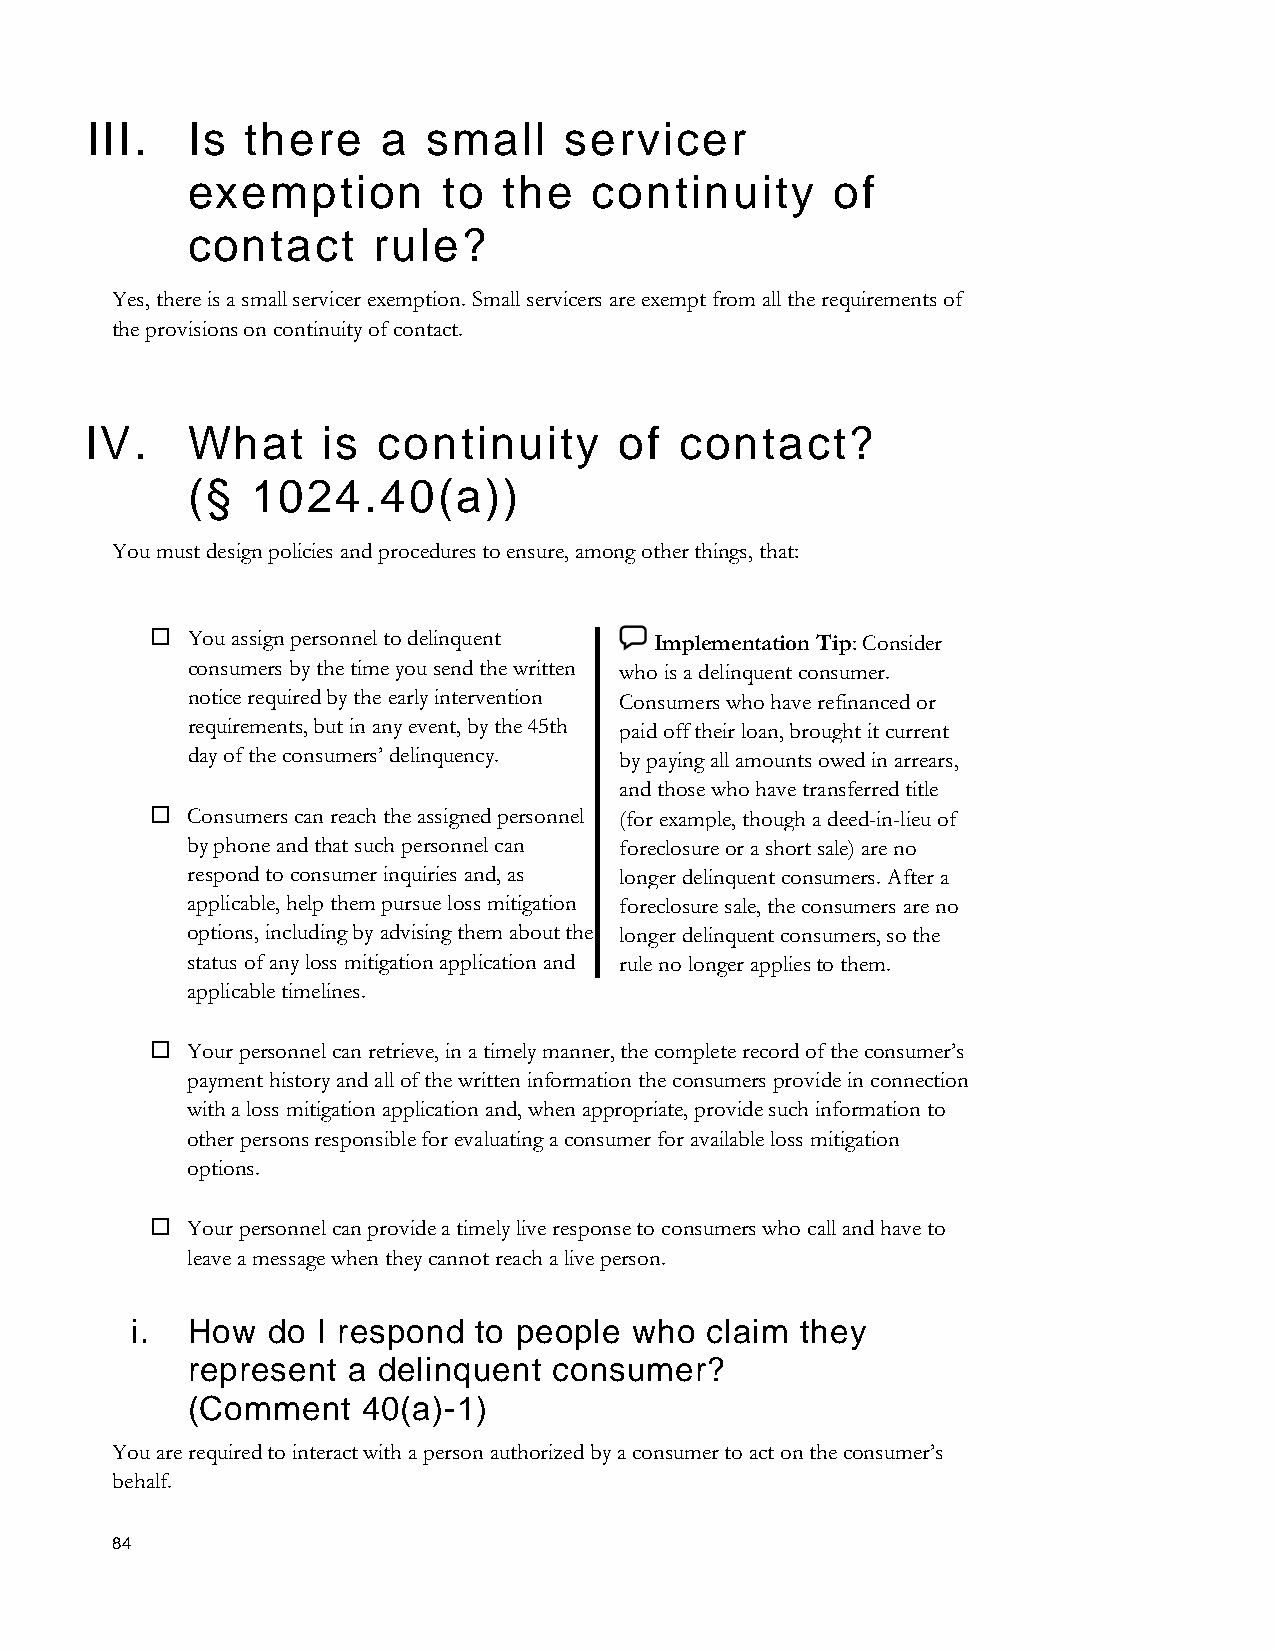
III.  Is  there    a  small    servicer
 exemption        to  the   continuity      of
 contact      rule?
 Yes, there is a small servicer exemption. Small servicers are exempt from all the requirements of
 the provisions on continuity of contact.
 IV.   What     is  continuity      of  contact?
 (§   1024.40(a))
 You must design policies and procedures to ensure, among other things, that:
  You assign personnel to delinquent Implementation Tip: Consider
 consumers by the time you send the written who is a delinquent consumer.
 notice required by the early intervention Consumers who have refinanced or
 requirements, but in any event, by the 45th paid off their loan, brought it current
 day of the consumers’ delinquency. by paying all amounts owed in arrears,
 and those who have transferred title
  Consumers can reach the assigned personnel (for example, though a deed-in-lieu of
 by phone and that such personnel can foreclosure or a short sale) are no
 respond to consumer inquiries and, as longer delinquent consumers. After a
 applicable, help them pursue loss mitigation foreclosure sale, the consumers are no
 options, including by advising them about the longer delinquent consumers, so the
 status of any loss mitigation application and rule no longer applies to them.
 applicable timelines.
  Your personnel can retrieve, in a timely manner, the complete record of the consumer’s
 payment history and all of the written information the consumers provide in connection
 with a loss mitigation application and, when appropriate, provide such information to
 other persons responsible for evaluating a consumer for available loss mitigation
 options.
  Your personnel can provide a timely live response to consumers who call and have to
 leave a message when they cannot reach a live person.
 i. How   do I respond to people  who  claim they
 represent  a delinquent  consumer?
 (Comment    40(a)-1)
 You are required to interact with a person authorized by a consumer to act on the consumer’s
 behalf.
 84